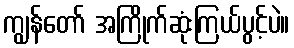
ကျွန်တော် အကြိုက်ဆုံးကြယ်ပွင့်ပဲ။